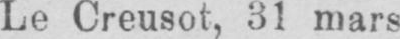
Le Creusot, 31 mars